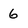
Character: 6